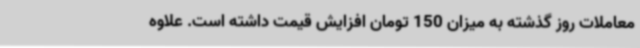
معاملات روز گذشته به میزان 150 تومان افزایش قیمت داشته است. علاوه